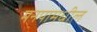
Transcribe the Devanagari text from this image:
मनपामधील